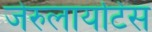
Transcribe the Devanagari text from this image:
जेरुलायटिस